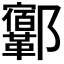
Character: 𨟨